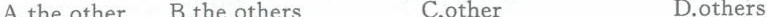
A.the other B.the others C.other D.others